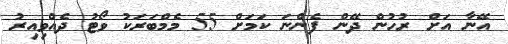
އޭނާ އަށް ރުހުން ދޭން ފެންނަ ކަމަށް 55 މެމްބަރަކު ވޯޓު ދެއްވިއިރު